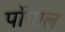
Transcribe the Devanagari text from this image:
पोंगाल